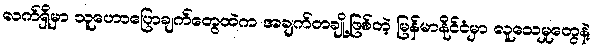
လက်ရှိမှာ သူဟောပြောချက်တွေထဲက အချက်တချို့ဖြစ်တဲ့ မြန်မာနိုင်ငံမှာ လူသေမှုတွေနဲ့